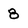
Character: 8